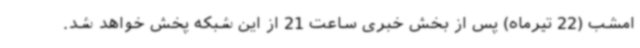
امشب (22 تیرماه) پس از بخش خبری ساعت 21 از این شبکه پخش خواهد شد.